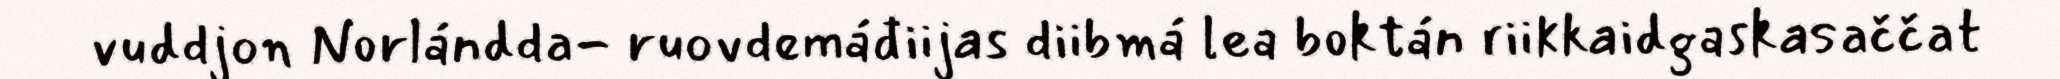
vuddjon Norlándda- ruovdemáđiijas diibmá lea boktán riikkaidgaskasaččat